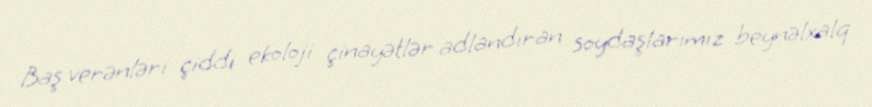
Baş verənləri çiddi ekoloji çinayətlər adlandıran soydaşlarımız beynəlxalq